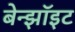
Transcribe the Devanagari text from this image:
बेन्झॉइट